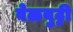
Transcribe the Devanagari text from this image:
वेळबुट्टी